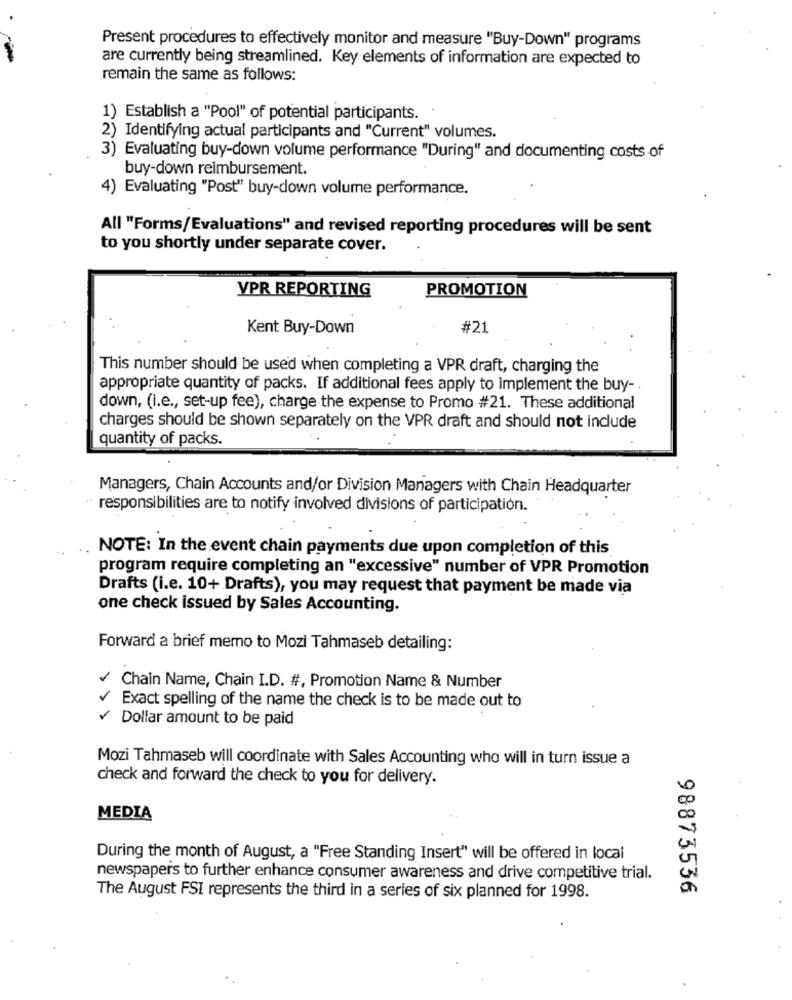
Present procedures to effectively monitor and measure "Buy-Down" programs
are currently being streamlined. Key elements of information are expected to
remain the same as follows:
1) Establish a "Pool" of potential participants.
2) Identifying actual participants and "Current" volumes.
3) Evaluating buy-down volume performance "During" and documenting costs of
buy-down reimbursement.
4) Evaluating "Post" buy-down volume performance.
All "Forms/Evaluations" and revised reporting procedures will be sent
to you shortly under separate cover.
VPR REPORTING
PROMOTION
Kent Buy-Down
#21
This number should be used when completing a VPR draft, charging the
appropriate quantity of packs. If additional fees apply to implement the buy-
down, (i.e ., set-up fee), charge the expense to Promo #21. These additional
charges should be shown separately on the VPR draft and should not include
quantity of packs.
Managers, Chain Accounts and/or Division Managers with Chain Headquarter
responsibilities are to notify involved divisions of participation.
NOTE: In the event chain payments due upon completion of this
program require completing an "excessive" number of VPR Promotion
Drafts (i.e. 10+ Drafts), you may request that payment be made via
one check issued by Sales Accounting.
Forward a brief merno to Mozi Tahmaseb detailing:
Chain Name, Chain I.D. #, Promotion Name & Number
Exact spelling of the name the check is to be made out to
Dollar amount to be paid
Mozi Tahmaseb will coordinate with Sales Accounting who will in turn issue a
check and forward the check to you for delivery.
MEDIA
During the month of August, a "Free Standing Insert" will be offered in local
newspapers to further enhance consumer awareness and drive competitive trial.
98873536
The August FSI represents the third in a series of six planned for 1998.